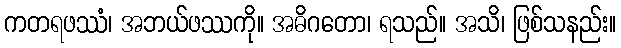
ကတရဖဿံ၊ အဘယ်ဖဿကို။ အဓိဂတော၊ ရသည်။ အသိ၊ ဖြစ်သနည်း။